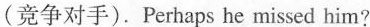
(竞争对手).Perhaps he missed him?